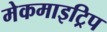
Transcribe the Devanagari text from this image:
मेकमाइट्रिप